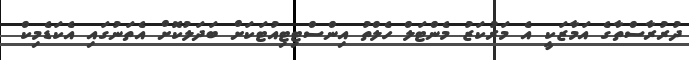
ދުރުރާސްތާގެ އަމާޒަކީ އެ މަރުކަޒު މެންޓަލް ހެލްތު އިންސްޓިޓިއުޓަކަށް ބަދަލުކޮށް އެތަނުގައި އެކަޑެމިކް